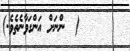
٤٧      (  ންނަށް އަންގަވާނެތެވެ.)